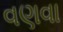
વણવા